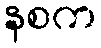
နစက